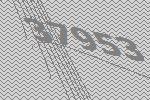
37953